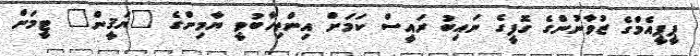
ޕީޕީއެމްގެ ޒުވާނުންގެ ގޮފީގެ ނައިބު ރައީސް ކަމަށް އިންތިހާބުވީ ޔާމިންގެ "ޔަޤީން" ޓީމަށް